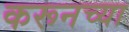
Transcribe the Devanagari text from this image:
करूनच्या